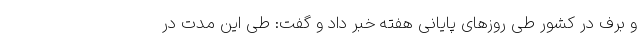
و برف در کشور طی روزهای پایانی هفته خبر داد و گفت: طی این مدت در